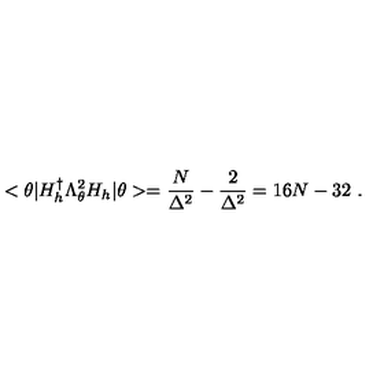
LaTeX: < \theta | H _ { h } ^ { \dag } \Lambda _ { \theta } ^ { 2 } H _ { h } | \theta > = \frac { N } { \Delta ^ { 2 } } - \frac { 2 } { \Delta ^ { 2 } } = 1 6 N - 3 2 \ .